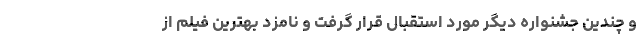
و چندین جشنواره دیگر مورد استقبال قرار گرفت و نامزد بهترین فیلم از